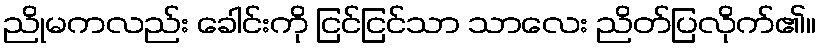
ညိုမကလည်း ခေါင်းကို ငြင်ငြင်သာ သာလေး ညိတ်ပြလိုက်၏။